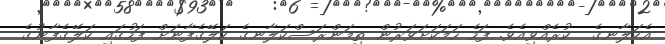
އެކަލާނގެ  ކުރެއްވިއެވެ. ފަހެ ހަމަކަށަވަރުން ތިމަންރަސްކަލާނގެ ކަލޭގެފާނަށް ފަހުގައި ކަލޭގެފާނުގެ